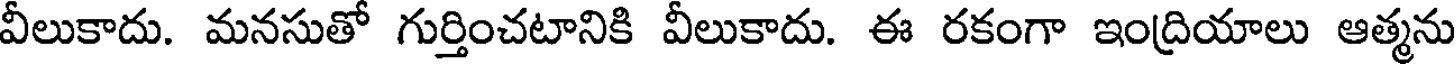
వీలుకాదు. మనసుతో గుర్తించటానికి వీలుకాదు. ఈ రకంగా ఇంద్రియాలు ఆత్మను